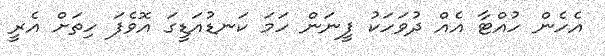
އެހެން ހުއްޓާ އެއް ދުވަހަކު ފީނަން ހަމަ ކަނޑުއަޑީގަ އޮވެފަ ހިތަށް އެރީ